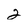
Character: 2